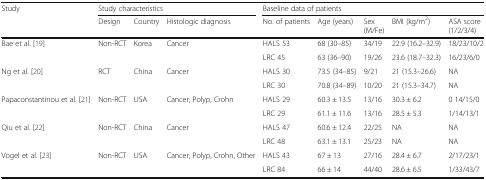
<table><thead><tr><td rowspan="2"><b>Study</b></td><td colspan="3"><b>Study characteristics</b></td><td colspan="5"><b>Baseline data of patients</b></td></tr><tr><td><b>Design</b></td><td><b>Country</b></td><td><b>Histologic diagnosis</b></td><td><b>No. of patients</b></td><td><b>Age (years)</b></td><td><b>Sex (M/Fe)</b></td><td><b>BMI (kg/m<sup>2</sup>)</b></td><td><b>ASA score (1/2/3/4)</b></td></tr></thead><tbody><tr><td rowspan="2">Bae et al. [19]</td><td rowspan="2">Non-RCT</td><td rowspan="2">Korea</td><td rowspan="2">Cancer</td><td>HALS 53</td><td>68 (30–85)</td><td>34/19</td><td>22.9 (16.2–32.9)</td><td>18/23/10/2</td></tr><tr><td>LRC 45</td><td>63 (36–90)</td><td>19/26</td><td>23.6 (18.7–32.3)</td><td>16/23/6/0</td></tr><tr><td rowspan="2">Ng et al. [20]</td><td rowspan="2">RCT</td><td rowspan="2">China</td><td rowspan="2">Cancer</td><td>HALS 30</td><td>73.5 (34–85)</td><td>9/21</td><td>21 (15.3–26.6)</td><td>NA</td></tr><tr><td>LRC 30</td><td>70.8 (34–89)</td><td>10/20</td><td>21 (15.3–34.7)</td><td>NA</td></tr><tr><td rowspan="2">Papaconstantinou et al. [21]</td><td rowspan="2">Non-RCT</td><td rowspan="2">USA</td><td rowspan="2">Cancer, Polyp, Crohn</td><td>HALS 29</td><td>60.3 ± 13.5</td><td>13/16</td><td>30.3 ± 6.2</td><td>0 14/15/0</td></tr><tr><td>LRC 29</td><td>61.1 ± 11.6</td><td>13/16</td><td>28.5 ± 5.3</td><td>1/14/13/1</td></tr><tr><td rowspan="2">Qiu et al. [22]</td><td rowspan="2">Non-RCT</td><td rowspan="2">China</td><td rowspan="2">Cancer</td><td>HALS 47</td><td>60.6 ± 12.4</td><td>22/25</td><td>NA</td><td>NA</td></tr><tr><td>LRC 48</td><td>63.1 ± 13.1</td><td>25/23</td><td>NA</td><td>NA</td></tr><tr><td rowspan="2">Vogel et al. [23]</td><td rowspan="2">Non-RCT</td><td rowspan="2">USA</td><td rowspan="2">Cancer, Polyp, Crohn, Other</td><td>HALS 43</td><td>67 ± 13</td><td>27/16</td><td>28.4 ± 6.7</td><td>2/17/23/1</td></tr><tr><td>LRC 84</td><td>66 ± 14</td><td>44/40</td><td>28.6 ± 6.5</td><td>1/33/43/7</td></tr></tbody></table>